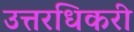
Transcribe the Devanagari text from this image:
उत्तरधिकरी